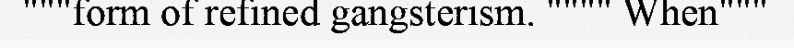
"""form of refined gangsterism. """" When"""